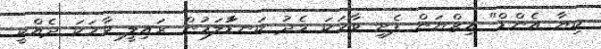
ކިޔާ އެންޑް" އިޒްޔަން ފެށި ވާހަކަ މެދު ކަނޑުާލަމުން ރައިލީ ވާހަކަ ދެއްކީ